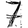
Digit: 7